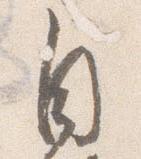
自